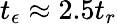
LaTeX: t_{\epsilon}\approx 2.5t_{r}